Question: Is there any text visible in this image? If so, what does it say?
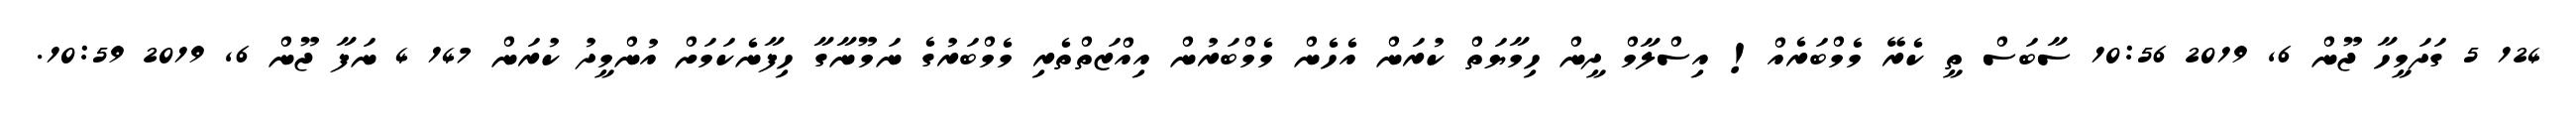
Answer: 124 5 ގަދަމީހާ ޖޫން 6, 2019 10:56 ސާބަސް ތީ ކެރޭ މެމްބަރެއް! އިސްލާމް ދީން ހިމާޔަތް ކުރަން އެހެން މެމްބަރުން އިއްޒަތްތެރި މެމްބަރުގެ ނަމޫނާގާ ހިފާނެކަމަށް އުންމީދު ކުރަން 147 4 ނަފާ ޖޫން 6, 2019 10:59.